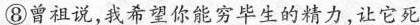
⑧曾祖说，我希望你能穷毕生的精力，让它死